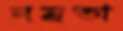
নম্রতা